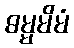
ဓမ္မမိမံ